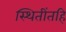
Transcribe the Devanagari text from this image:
स्थितींतहि